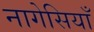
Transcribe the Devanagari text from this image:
नागेसियाँ